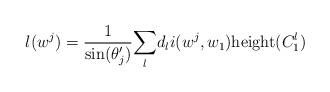
LaTeX: \begin{align*} l(w^j) = \frac{1}{\mathrm{sin}(\theta_j')}\underset{l}\sum d_li(w^j,w_1)\mathrm{height}(C_1^l) \end{align*}